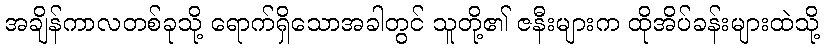
အချိန်ကာလတစ်ခုသို့ ရောက်ရှိသောအခါတွင် သူတို့၏ ဇနီးများက ထိုအိပ်ခန်းများထဲသို့